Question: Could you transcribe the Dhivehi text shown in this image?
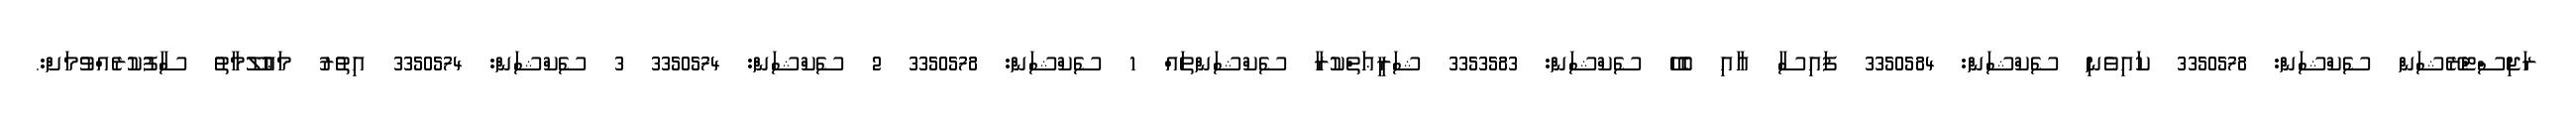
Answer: ރަޖިސްޓްރޭޝަން ސެކްޝަން: 3350578 ކައިވެނި ސެކްޝަން: 3350584 ފައިސާ އާއި ބެހޭ ސެކްޝަން: 3353583 ޝަރީޢަތްކުރާ ސެކްޝަންތައް 1 ސެކްޝަން: 3350578 2 ސެކްޝަން: 3350574 3 ސެކްޝަން: 3350574 އިތުރު މަޢުލޫމާތު ސާފުކުރެއްވުމަށް:.